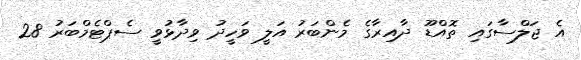
އެ ޖަލްސާގައި ތޮއްޑޫ ދާއިރާގެ މެންބަރު އަލީ ވަހީދު ވިދާޅުވީ ސެޕްޓެމްބަރު 28